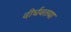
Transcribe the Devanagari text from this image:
दीर्घवतया